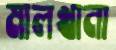
মালখানা